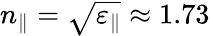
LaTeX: n_{\parallel}=\sqrt{\varepsilon_{\parallel}}\approx 1.73